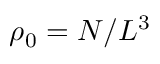
\rho _ { 0 } = N / L ^ { 3 }